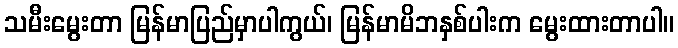
သမီးမွေးတာ မြန်မာပြည်မှာပါကွယ်၊ မြန်မာမိဘနှစ်ပါးက မွေးထားတာပါ။